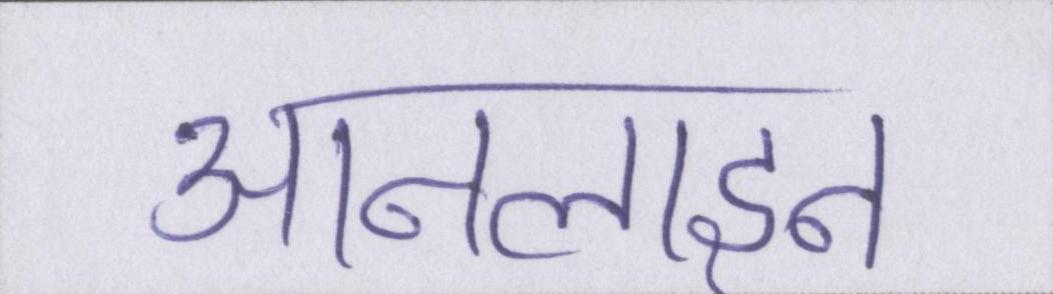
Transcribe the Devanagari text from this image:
आनलाइन